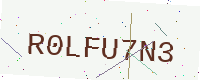
Text: R0LFU7N3